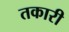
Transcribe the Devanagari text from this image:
तकारी